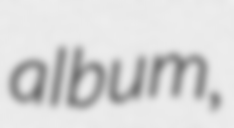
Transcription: album,